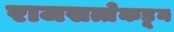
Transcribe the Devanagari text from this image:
राजसत्तेकडून